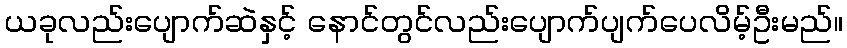
ယခုလည်းပျောက်ဆဲနှင့် နောင်တွင်လည်းပျောက်ပျက်ပေလိမ့်ဦးမည်။